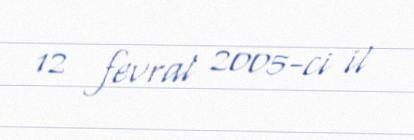
12 fevral 2005-ci il